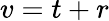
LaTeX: v=t+r